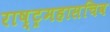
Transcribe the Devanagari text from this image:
राष्ट्रमहासचिव